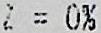
Z = 0%